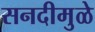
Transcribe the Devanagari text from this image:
सनदीमुळे